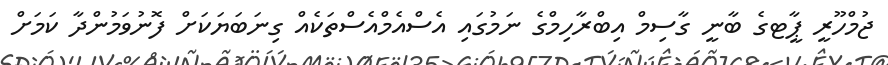
ޖުމްހޫރީ ޕާީޓގެ ބާނީ ގާސިމް އިބްރާހިމްގެ ނަމުގައި އެސްއެމްއެސްތަކެއް ގިނަބަޔަކަށް ފޮނުވަމުންދާ ކަމަށް